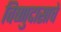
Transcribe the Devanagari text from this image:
विष्णुदासाचे